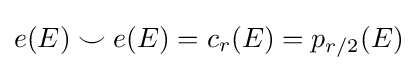
e(E)\smile e(E)=c_{r}(E)=p_{r/2}(E)